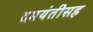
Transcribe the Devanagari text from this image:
दमयंतीसह